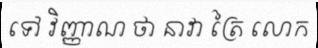
ទៅ វិញ្ញាណ ថា នាវា ត្រៃ លោក